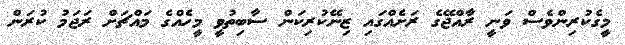
މީގެކުރިންވެސް ވަނީ ރާއްޖޭގެ ރަށެއްގައި ޒިނޭކުރިކަން ސާބިތުވީ މީހެއްގެ މައްޗަށް ރަޖަމު ކުރަން